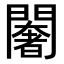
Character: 𨶶